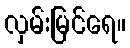
လှမ်းမြင်ရေ။